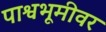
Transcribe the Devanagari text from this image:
पाश्वभूमीवर